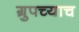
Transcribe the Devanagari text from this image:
ग्रुपच्याच